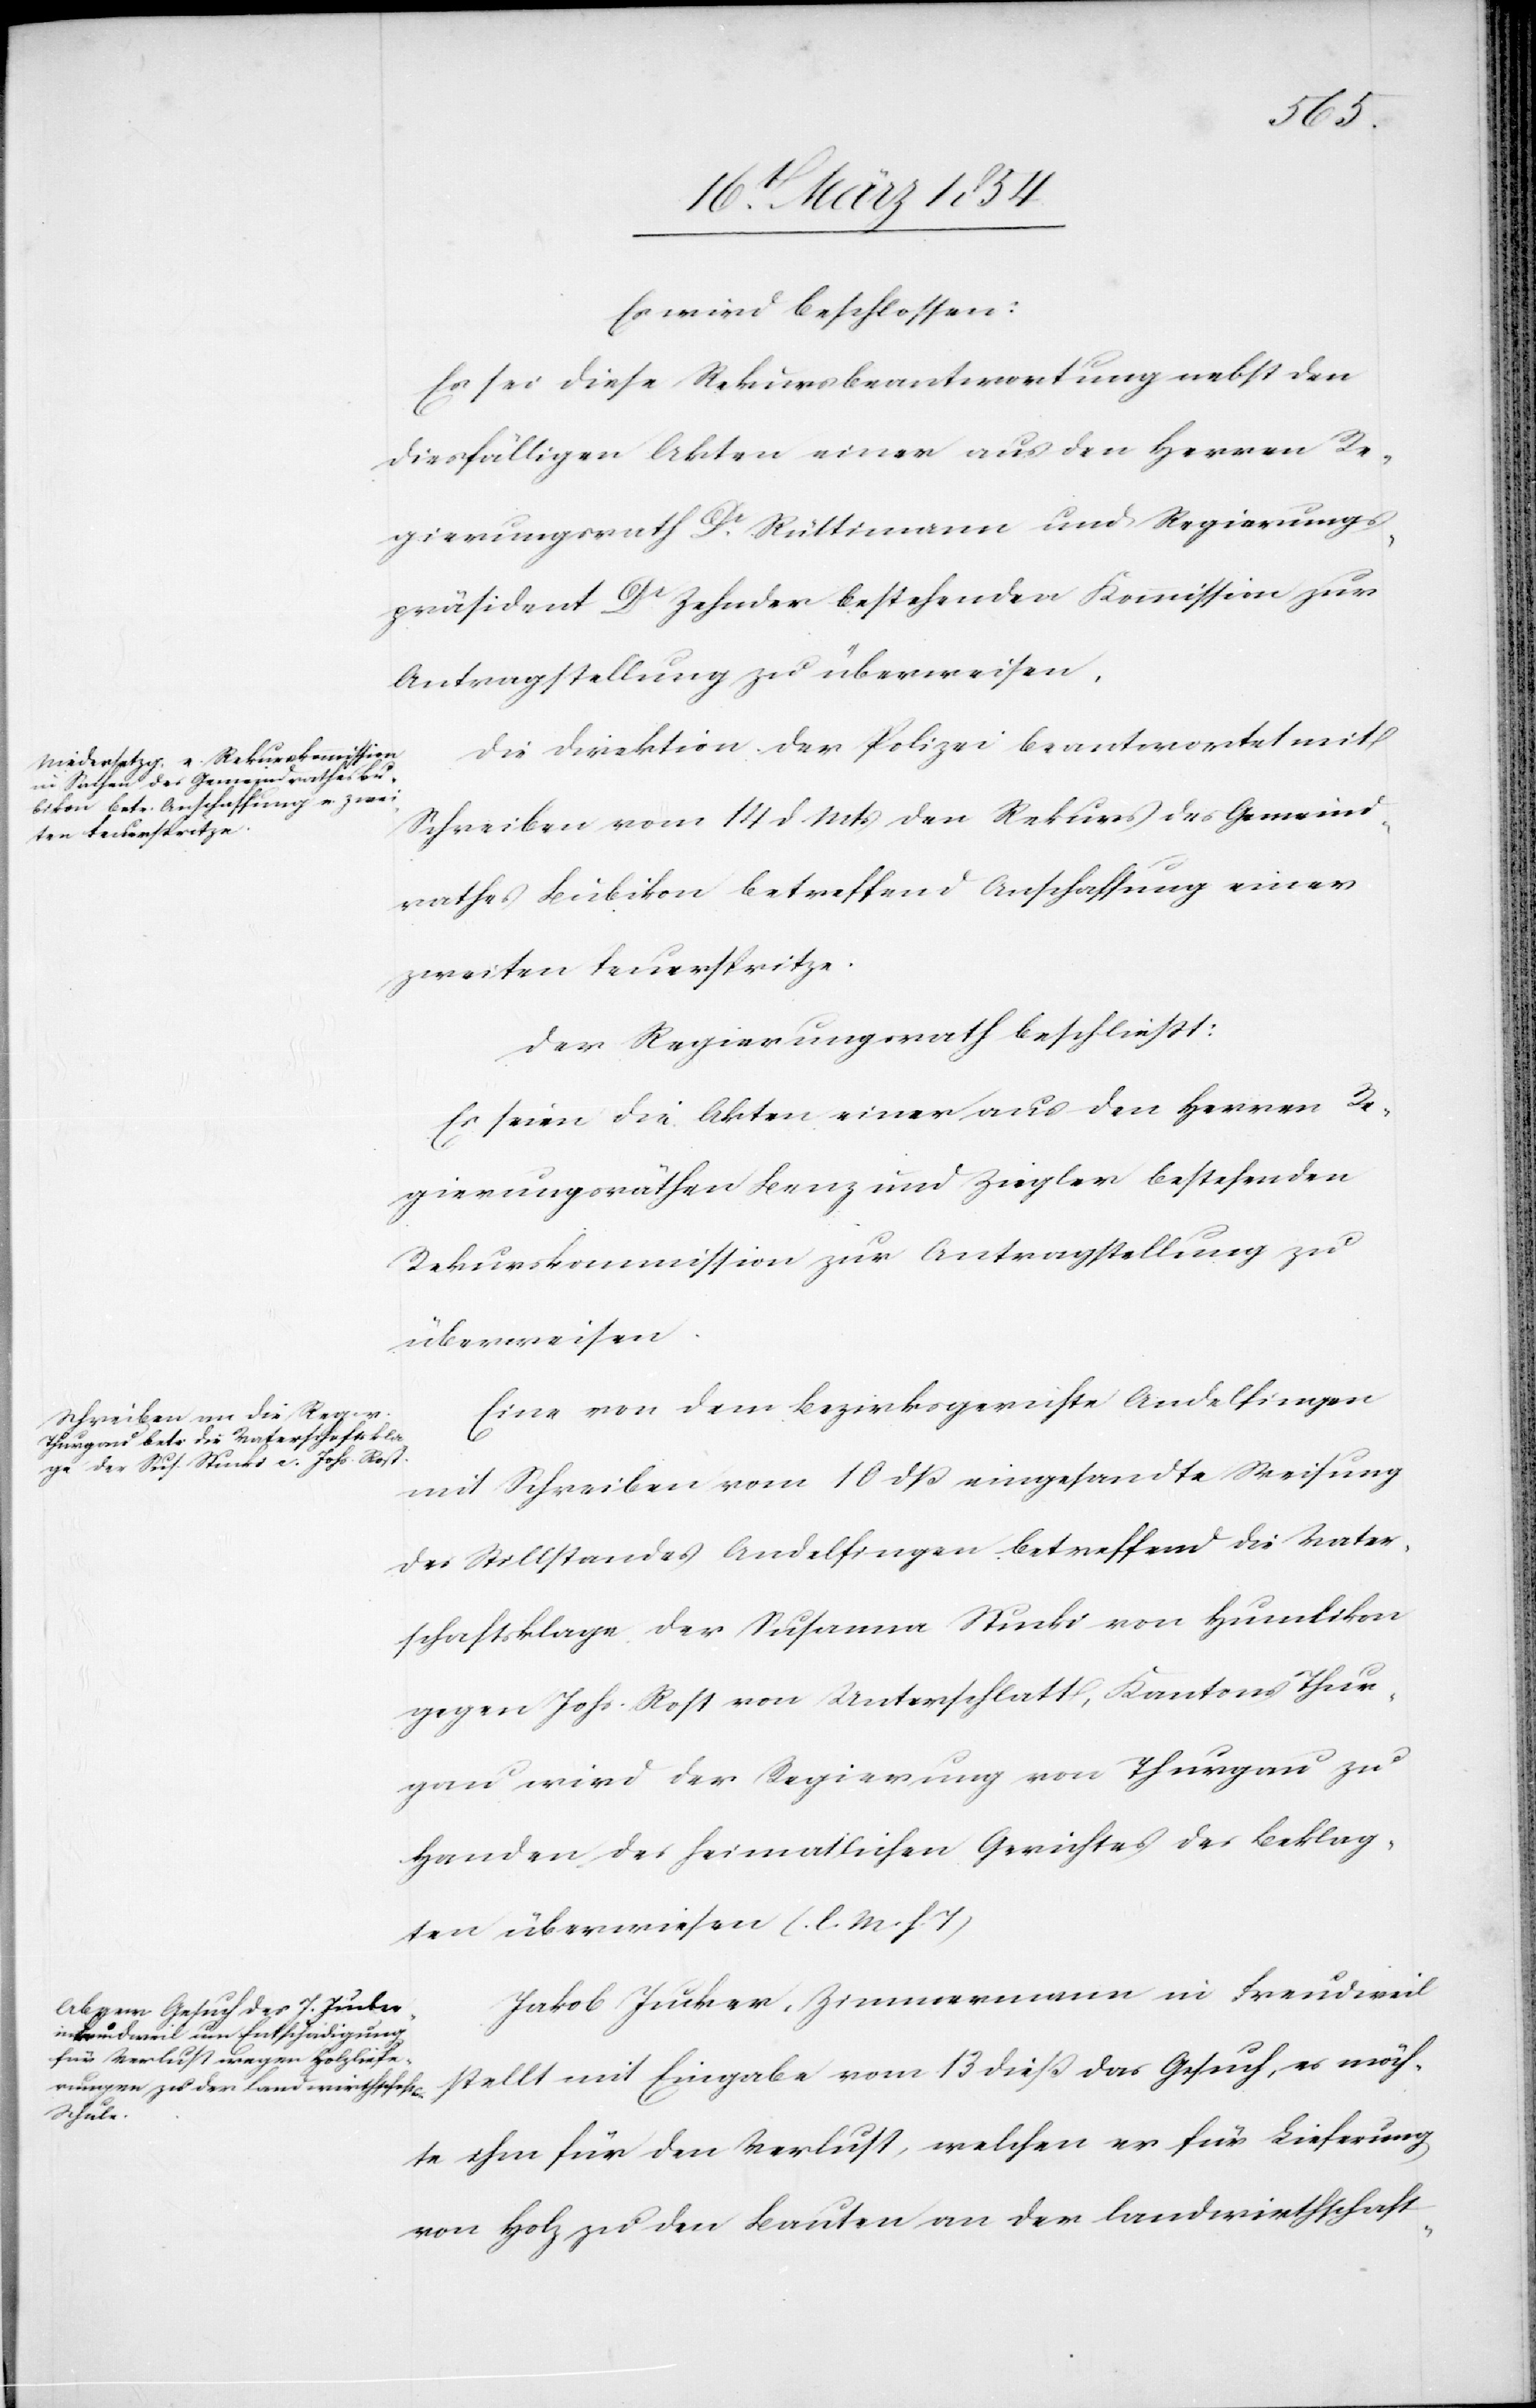
Es wird beschlossen:
Es sei diese Rekursbeantwortung nebst den
diesfälligen Akten einer aus den Herren Re¬
gierungsrath Dr Rüttimann und Regierungs¬
präsident Dr Zehnder bestehenden Kommission zur
Antragsstellung zu überweisen.
Die Direktion der Polizei beantwortet mit
Schreiben vom 14 d. Mts den Rekurs des Gemeind¬
rathes Bubikon betreffend Anschaffung einer
zweiten Feuerspritze.
Der Regierungsrath beschließt:
Es seien die Akten einer aus den Herren Re¬
gierungsräthen Benz und Ziegler bestehenden
Rekurskommission zur Antragsstellung zu
überweisen.
Eine von dem Bezirksgerichte Andelfingen
mit Schreiben vom 10 dß eingesandte Weisung
des Stillstandes Andelfingen betreffend die Vater¬
schaftsklage der Susanna Stucki von Humlikon
gegen Johs. Rost von Unterschlatt, Kantons Thur¬
gau wird der Regierung von Thurgau zu
Handen des heimatlichen Gerichtes des Beklag¬
ten überwiesen (l. M. h. T)[.]
Jakob Jucker, Zimmermann in Freudweil
stellt mit Eingabe vom 13 dieß das Gesuch, es möch¬
te ihm für den Verlust, welchen er für Lieferung
von Holz zu den Bauten an der landwirthschaft-